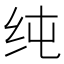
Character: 纯